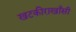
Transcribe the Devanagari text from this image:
खटकीराखाँसी